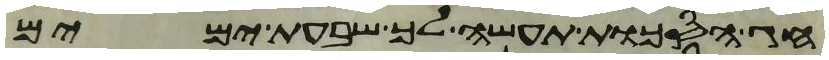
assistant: חג הסכות תעשה לך שבעת ימים